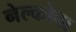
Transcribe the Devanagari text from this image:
नेल्कोचा